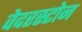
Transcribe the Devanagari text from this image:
वेदरस्‍टोन